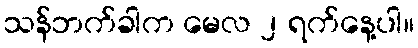
သန်ဘက်ခါက မေလ ၂ ရက်နေ့ပါ။